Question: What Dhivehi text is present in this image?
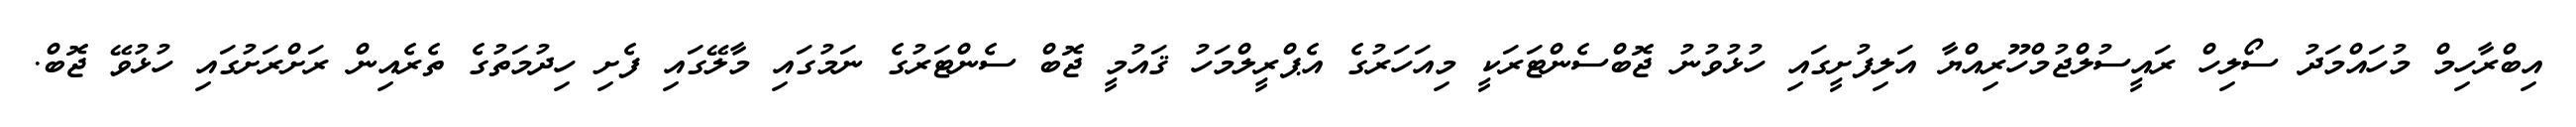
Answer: އިބްރާހިމް މުހައްމަދު ސޯލިހް ރައީސުލްޖުމްހޫރިއްޔާ އަލިފުށީގައި ހުޅުވުނު ޖޮބްސެންޓަރަކީ މިއަހަރުގެ އެޕްރީލްމަހު ޤައުމީ ޖޮބް ސެންޓަރުގެ ނަމުގައި މާލޭގައި ފެށި ހިދުމަތުގެ ތެރެއިން ރަށްރަށުގައި ހުޅުވޭ ޖޮބް.